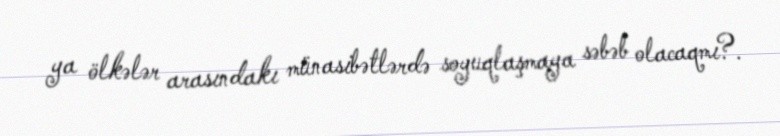
ya ölkələr arasındakı münasibətlərdə soyuqlaşmaya səbəb olacaqmı?.